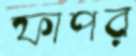
ফাপর